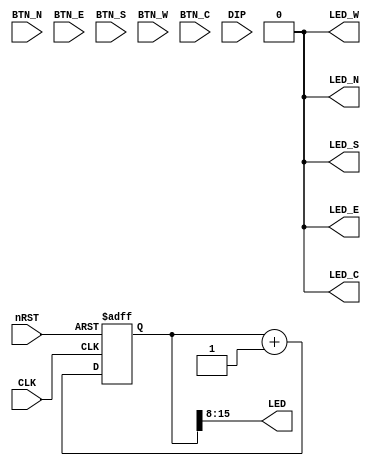

//`define SIMULATION

module top
  (
   // Global 100MHz clock
   input         CLK,
   
   // Reset signal, active low
   input         nRST,

   // North, East, South, West and Center buttons
   // Active High
   input         BTN_N,
   input         BTN_E,
   input         BTN_S,
   input         BTN_W,
   input         BTN_C,

   // DIP Switches
   input [7:0]   DIP,

   // North, East, South, West and Center LEDs
   // Active High
   output        LED_N,
   output        LED_E,
   output        LED_S,
   output        LED_W,
   output        LED_C,

   // LEDs
   output [7:0]  LED
   );

   // ==================================================
   // WIRES
   // ==================================================

   reg	[16-1: 0]	counter;

always @ (posedge CLK or negedge nRST) begin
	if (~nRST) begin
		counter	<= {16{1'b0}};
	end else begin
		counter	<= counter + 1'b1;
	end
end




   // **************************************************
   // misc
   // **************************************************
   // --------------------------------------------------
   // LEDS AND SWITCHES
   // --------------------------------------------------
// assign LED = 8'h55;
assign LED = counter[16-1: 8];
assign LED_N = 1'b0;
assign LED_E = 1'b0;
assign LED_W = 1'b0;
assign LED_S = 1'b0;
assign LED_C = 1'b0;

//switch sw_btn_c
//  (.CLK(CLK),
//   .RST(nRST),
//   
//   .sw(BTN_C),
//   
//   .pos(),
//   .neg(),
//   .d(LED_C));

// flashing flash_c
//   (.clk(CLK),
//    .rst(nRST),
//    .d(LED_C));
   

endmodule // sysele

module flashing
  #(
    parameter counter_bits = 28,
    parameter counter_bits_1 = counter_bits - 1)
   (
    input  clk,
    input  rst,
    
    output d);
   reg [counter_bits_1:0] counter;
   always @(posedge clk or negedge rst)begin
      if(!rst)
  	counter <= {counter_bits{1'b0}};
      else
  	counter <= counter + {{counter_bits_1{1'b0}}, 1'b1};
   end
   
   assign d = counter[counter_bits_1];
endmodule // flashing